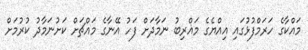
މައްކާގެ ހަރަމްފުޅުގައި އިއްޔެގެ މަޣްރިބު ނަމާދަށް ފަހު އޭނާގެ މައްޗަށް ކަށުނަމާދު ކުރުމަށް